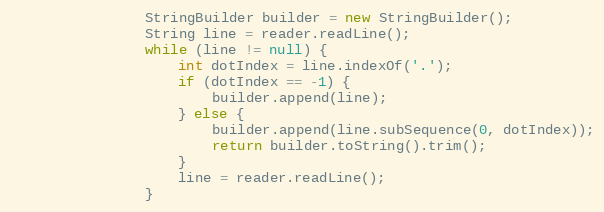
Language: Java
				StringBuilder builder = new StringBuilder();
				String line = reader.readLine();
				while (line != null) {
					int dotIndex = line.indexOf('.');
					if (dotIndex == -1) {
						builder.append(line);
					} else {
						builder.append(line.subSequence(0, dotIndex));
						return builder.toString().trim();
					}
					line = reader.readLine();
				}